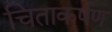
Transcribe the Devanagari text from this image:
चिताकर्षण